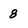
Character: 8